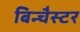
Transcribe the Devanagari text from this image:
बिन्चैस्टर